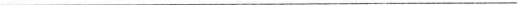
___